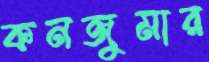
কনজুমার